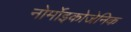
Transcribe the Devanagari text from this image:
नोर्मोइकोजेनिक